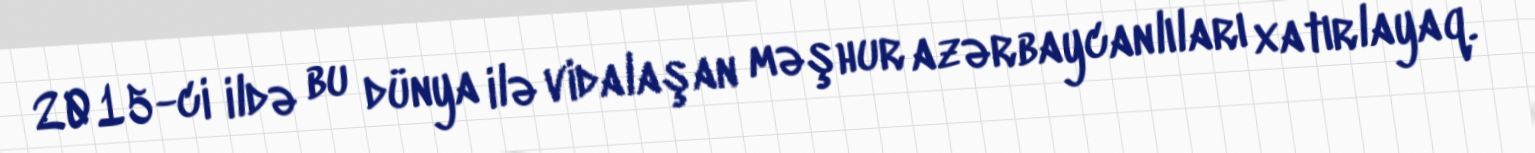
2015-ci ildə bu dünya ilə vidalaşan məşhur azərbaycanlıları xatırlayaq.